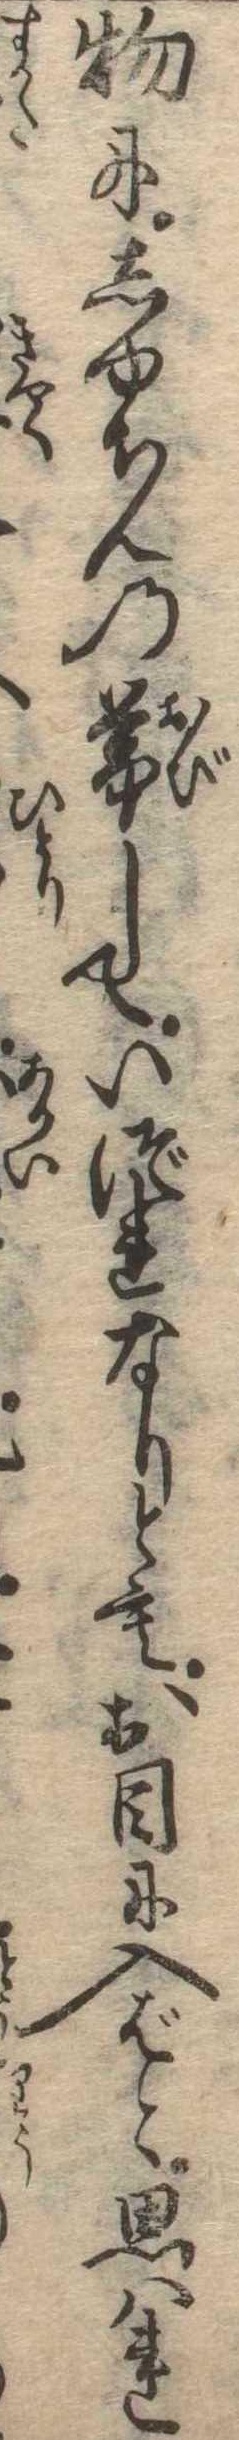
物にしゆちんの帯していづれなりともお目に入ばと思はれ